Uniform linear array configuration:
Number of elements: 12
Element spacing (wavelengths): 0.5
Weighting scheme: exponential
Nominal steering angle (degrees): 30
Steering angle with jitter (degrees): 28.985
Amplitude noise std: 0.05
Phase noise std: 0.05

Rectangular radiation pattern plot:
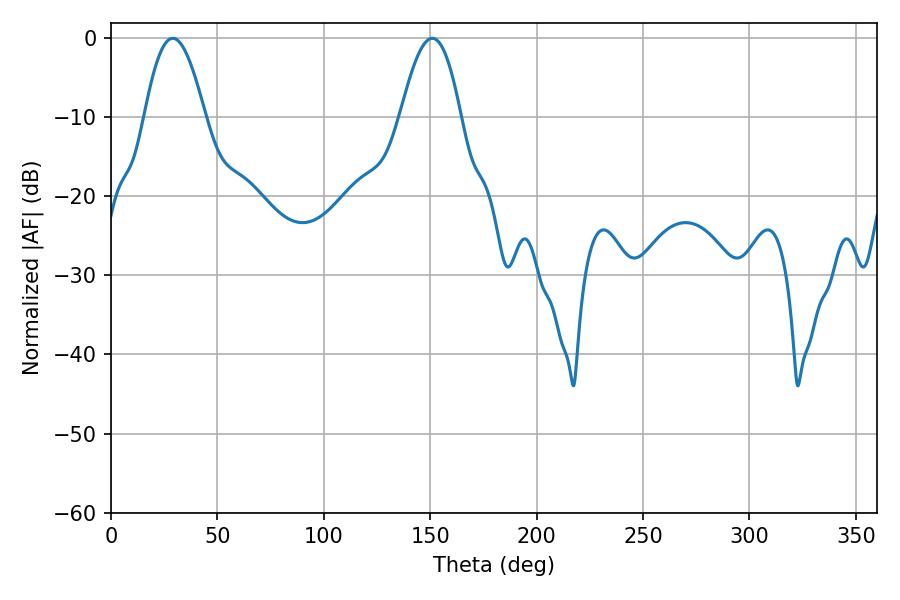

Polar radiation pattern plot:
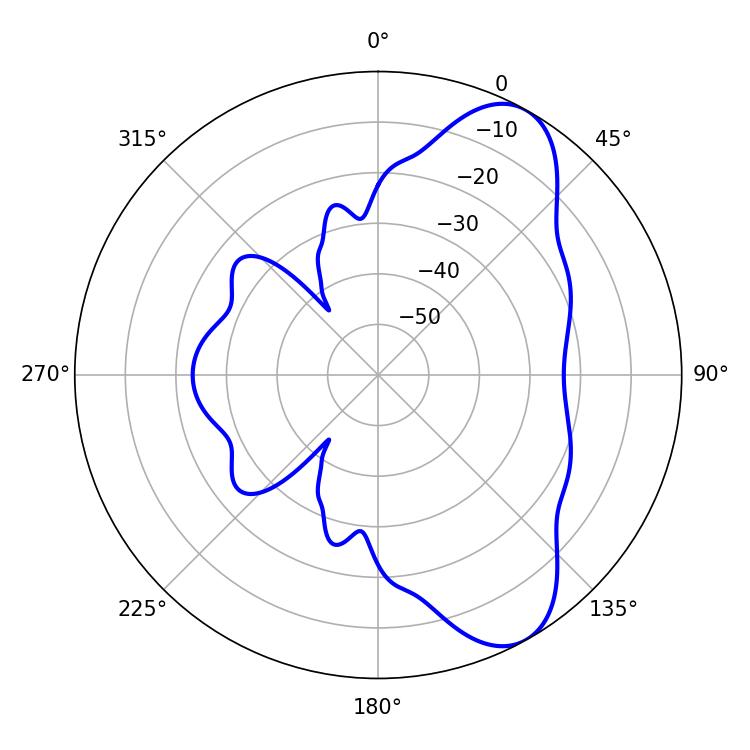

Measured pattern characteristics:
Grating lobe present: FALSE
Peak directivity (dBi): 8.21
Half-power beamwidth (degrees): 15.48
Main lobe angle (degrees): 28.98